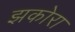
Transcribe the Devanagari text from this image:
झकोरा